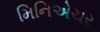
મિનિએચર